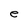
Character: e